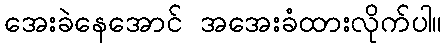
အေးခဲနေအောင် အအေးခံထားလိုက်ပါ။